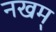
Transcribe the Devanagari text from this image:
नखम्